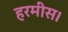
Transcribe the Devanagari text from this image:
हरमीस।